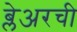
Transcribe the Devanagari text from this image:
ब्लेअरची